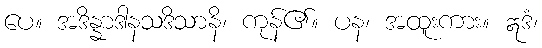
ပေ။ အဒိန္နာဒါနသဒိသာနိ၊ ကုန်၏။ ပန၊ အထူးကား။ ဣဒံ၊